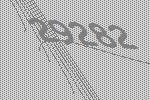
29282